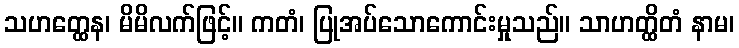
သဟတ္ထေန၊ မိမိလက်ဖြင့်။ ကတံ၊ ပြုအပ်သောကောင်းမှုသည်။ သာဟတ္ထိတံ နာမ၊